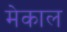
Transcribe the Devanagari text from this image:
मेकाल